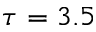
\tau = 3 . 5